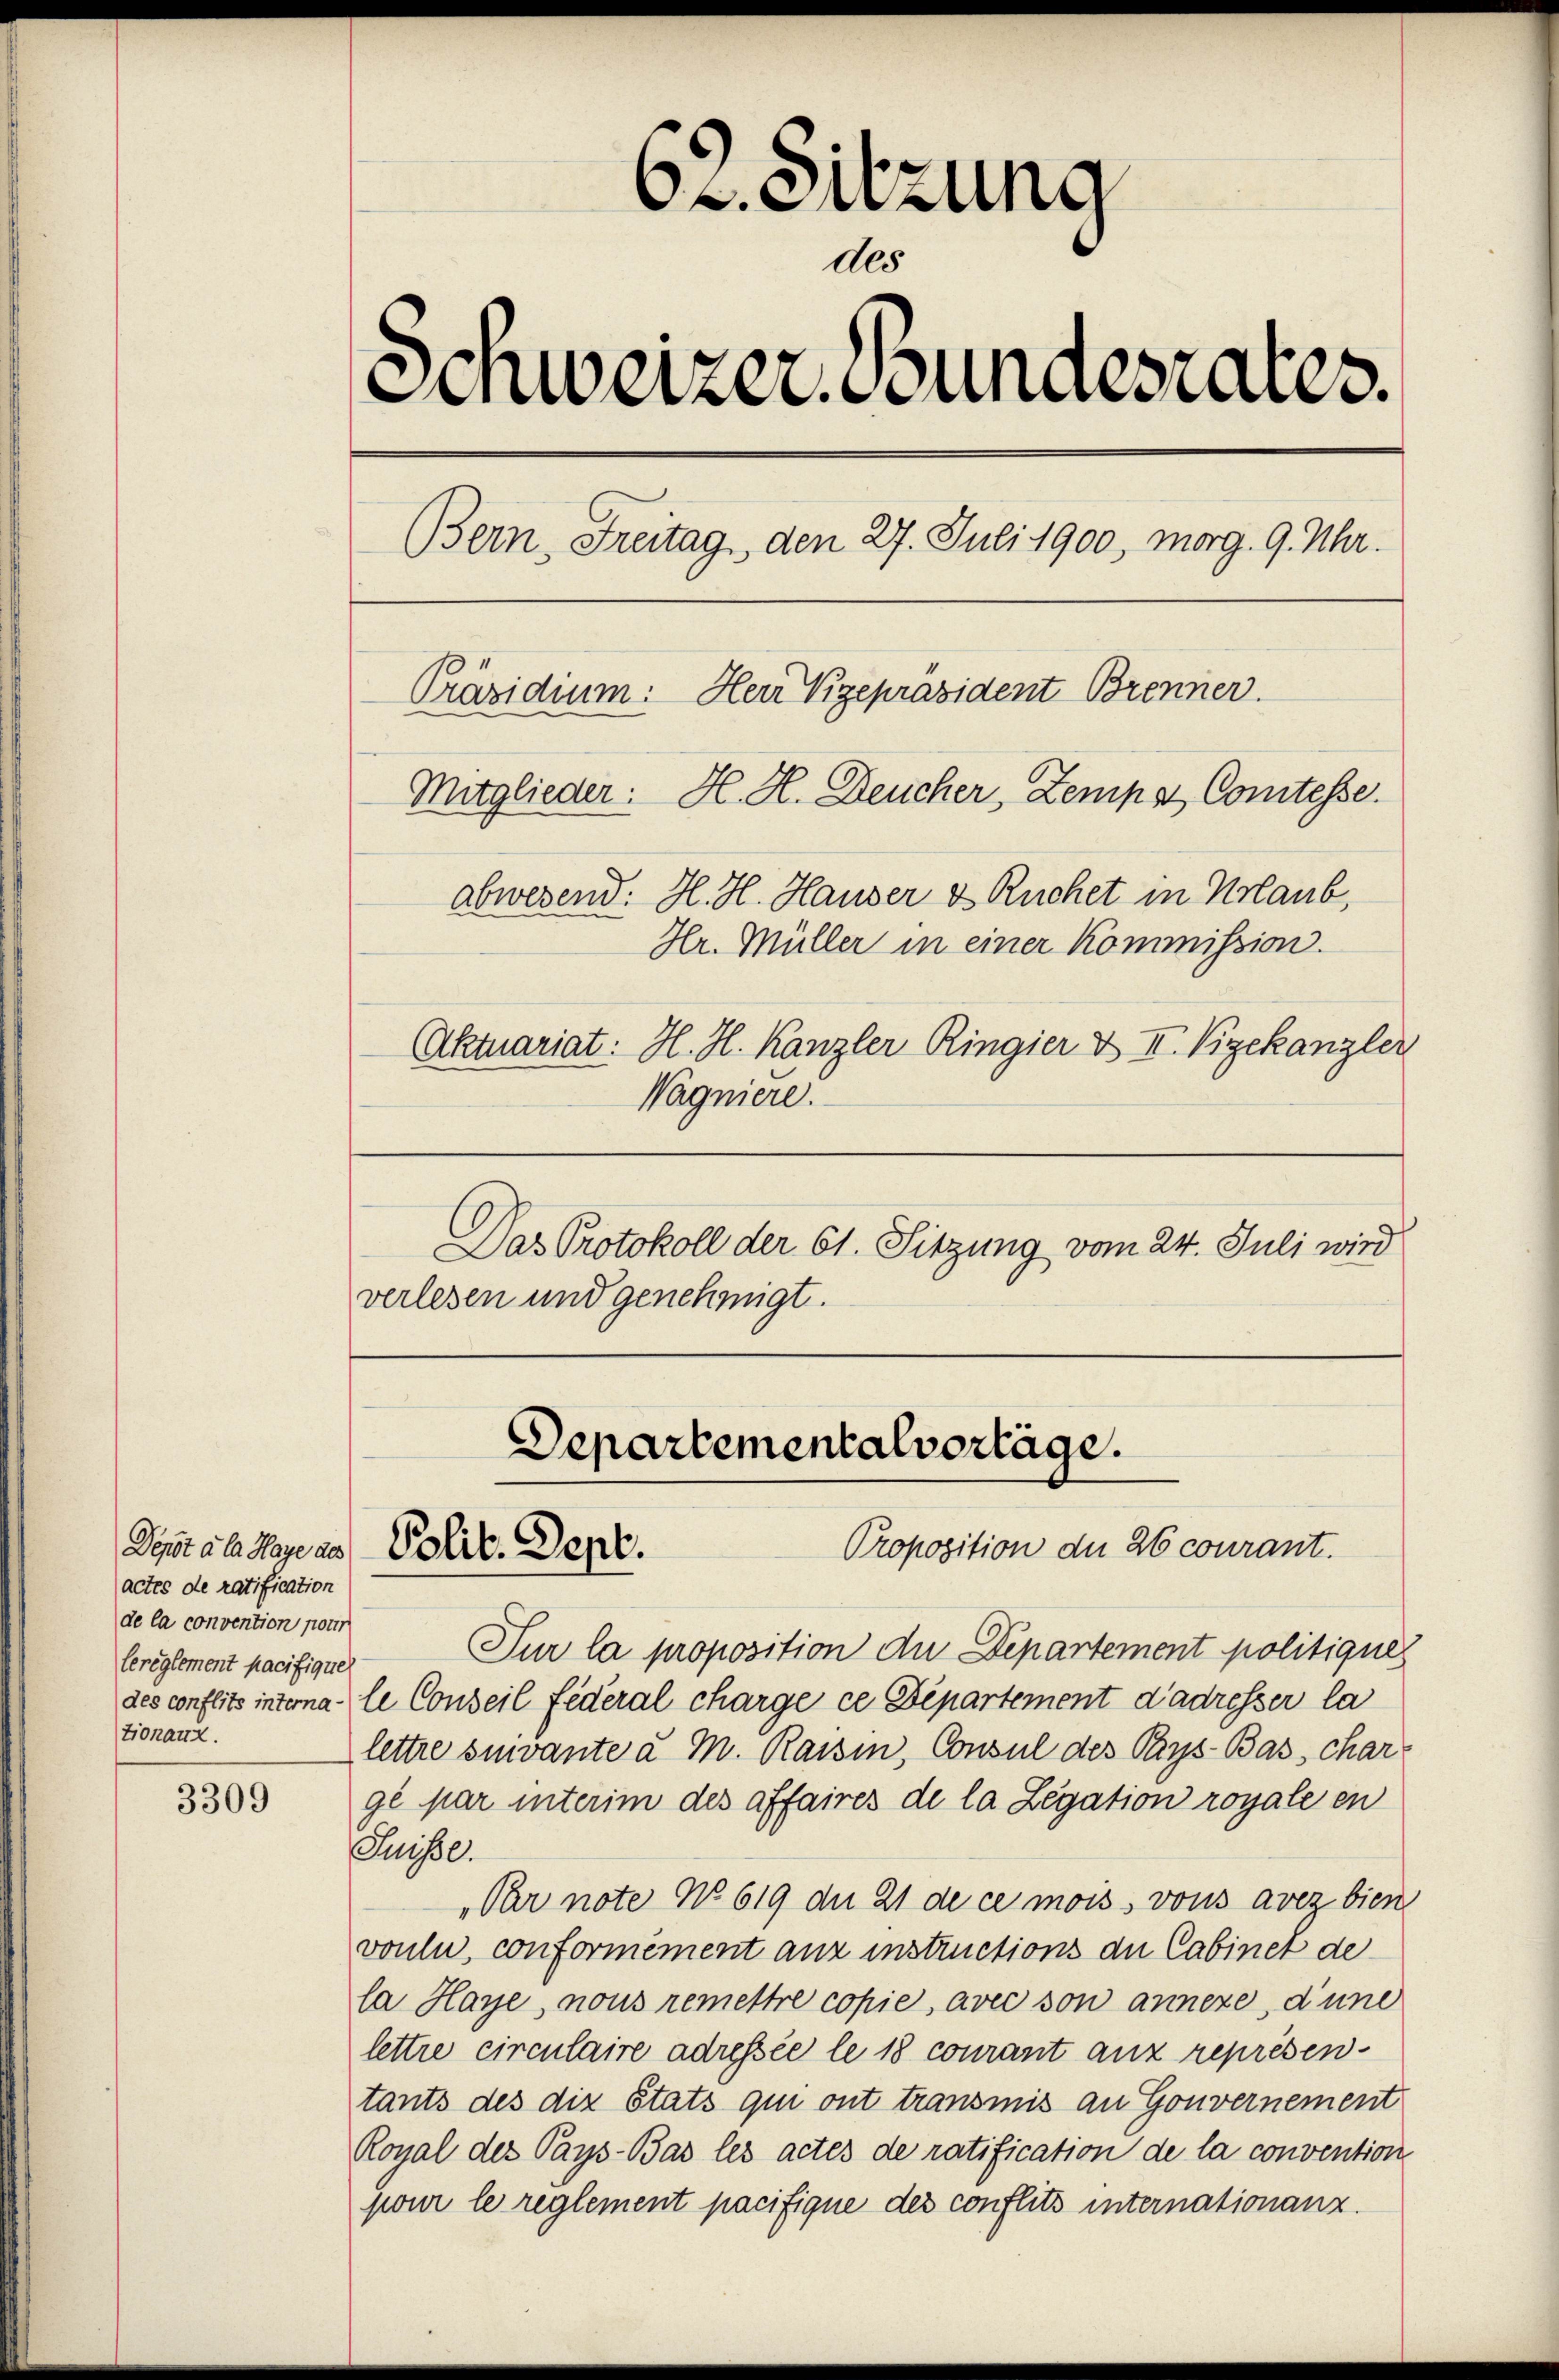
actes de ratification
de la convention pour
leréglement pacifique
tionau.

3309

62. Sitzung
des
Schweizer Bundesrates.
Bern, Freitag, den 27. Juli 1900, morg. 9. Uhr.
Präsidium: Herr Vizepräsident Brenner.
Mitglieder: H. H. Deucher, Zempst Comtesse.
abwesend: H. H. Hauser & Ruchet in Urlaub,
Hr. Müller in einer Kommission.
(Aktuariat: H. H. Kanzler Ringier & II. Vizekanzler
Wagniere.

verlesen und genehmigt.

Das Protokoll der 61. Sitzung vom 24. Juli wird

Departementalvortäge.
Dept als Meyers Polit. Sept.
Proposition der 26 courant.

Sur la proposition die Departement politiques
des conflitz interna le Conseil Federal charge ce Departement d’adresser la
lettre suivante a M. Raisin, Consul des Pays-Bas, char
ge par interim des affaires de la Legation royale en
Suisse.
Par note No 619 dn 21 de ce mois, vons avez bien
vonli, conformément anz instructions du Cabinet de
la Haye, nous remettre copie, avec son annexe, d’une
lettre circulaire adressée le 18 courant aux représen
tants des die Stats qui ont transmis an Gouvernement
Royal des Pays-Bas les actes de ratification de la convention
pour le reglement pacifique des conflits internationanz.